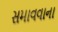
સમાવવાના